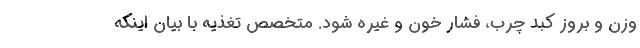
وزن و بروز کبد چرب، فشار خون و غیره شود. متخصص تغذیه با بیان اینکه